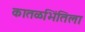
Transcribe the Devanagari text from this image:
कातळभिंतिला